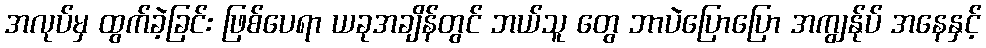
အလုပ်မှ ထွက်ခဲ့ခြင်း ဖြစ်ပေရာ ယခုအချိန်တွင် ဘယ်သူ တွေ ဘာပဲပြောပြော အကျွန်ုပ် အနေနှင့်